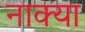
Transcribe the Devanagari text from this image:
नाक्या